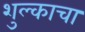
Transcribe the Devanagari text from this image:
शुल्काचा